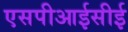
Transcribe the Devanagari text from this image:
एसपीआईसीई